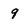
Character: 9